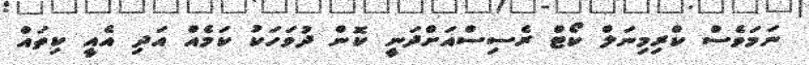
ނަމަވެސް ކްރިމިނަލް ކޯޓް ރެސިސްއަށްދަނީ ކޮން ދުވަހަކު ކަމެއް އަދި އެއީ ކިތައް